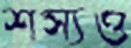
শস্যও